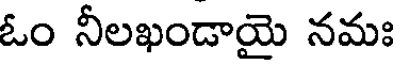
ఓం నీలఖండాయై నమః